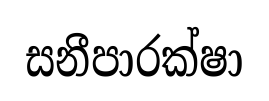
සනීපාරක්ෂා